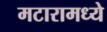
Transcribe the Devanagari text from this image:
मटारामध्ये